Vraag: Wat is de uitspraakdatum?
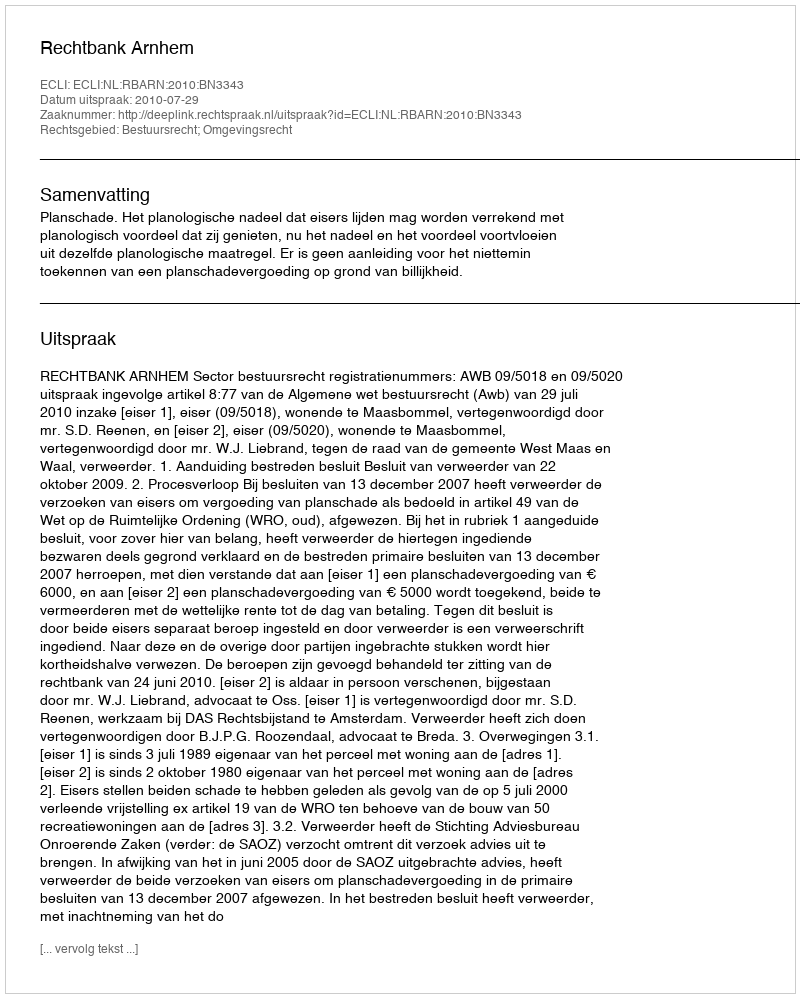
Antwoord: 2010-07-29